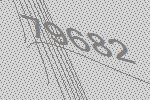
79682